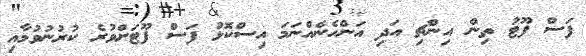
ފަސް ފޫޓު ތިން އިންޗި އަދި އަންހެނެއްނަމަ އިސްކޮޅު ފަސް ފޫޓަށްވުރެ ކުރުނުވުމާއި